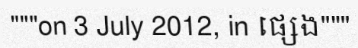
"""on 3 July 2012, in ផ្សេង"""